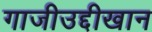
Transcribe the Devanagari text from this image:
गाजीउद्दीखान